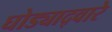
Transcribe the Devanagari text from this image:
घोड्याद्वारे